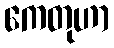
ကေတုဟာ